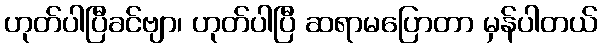
ဟုတ်ပါပြီခင်ဗျာ၊ ဟုတ်ပါပြီ ဆရာမပြောတာ မှန်ပါတယ်